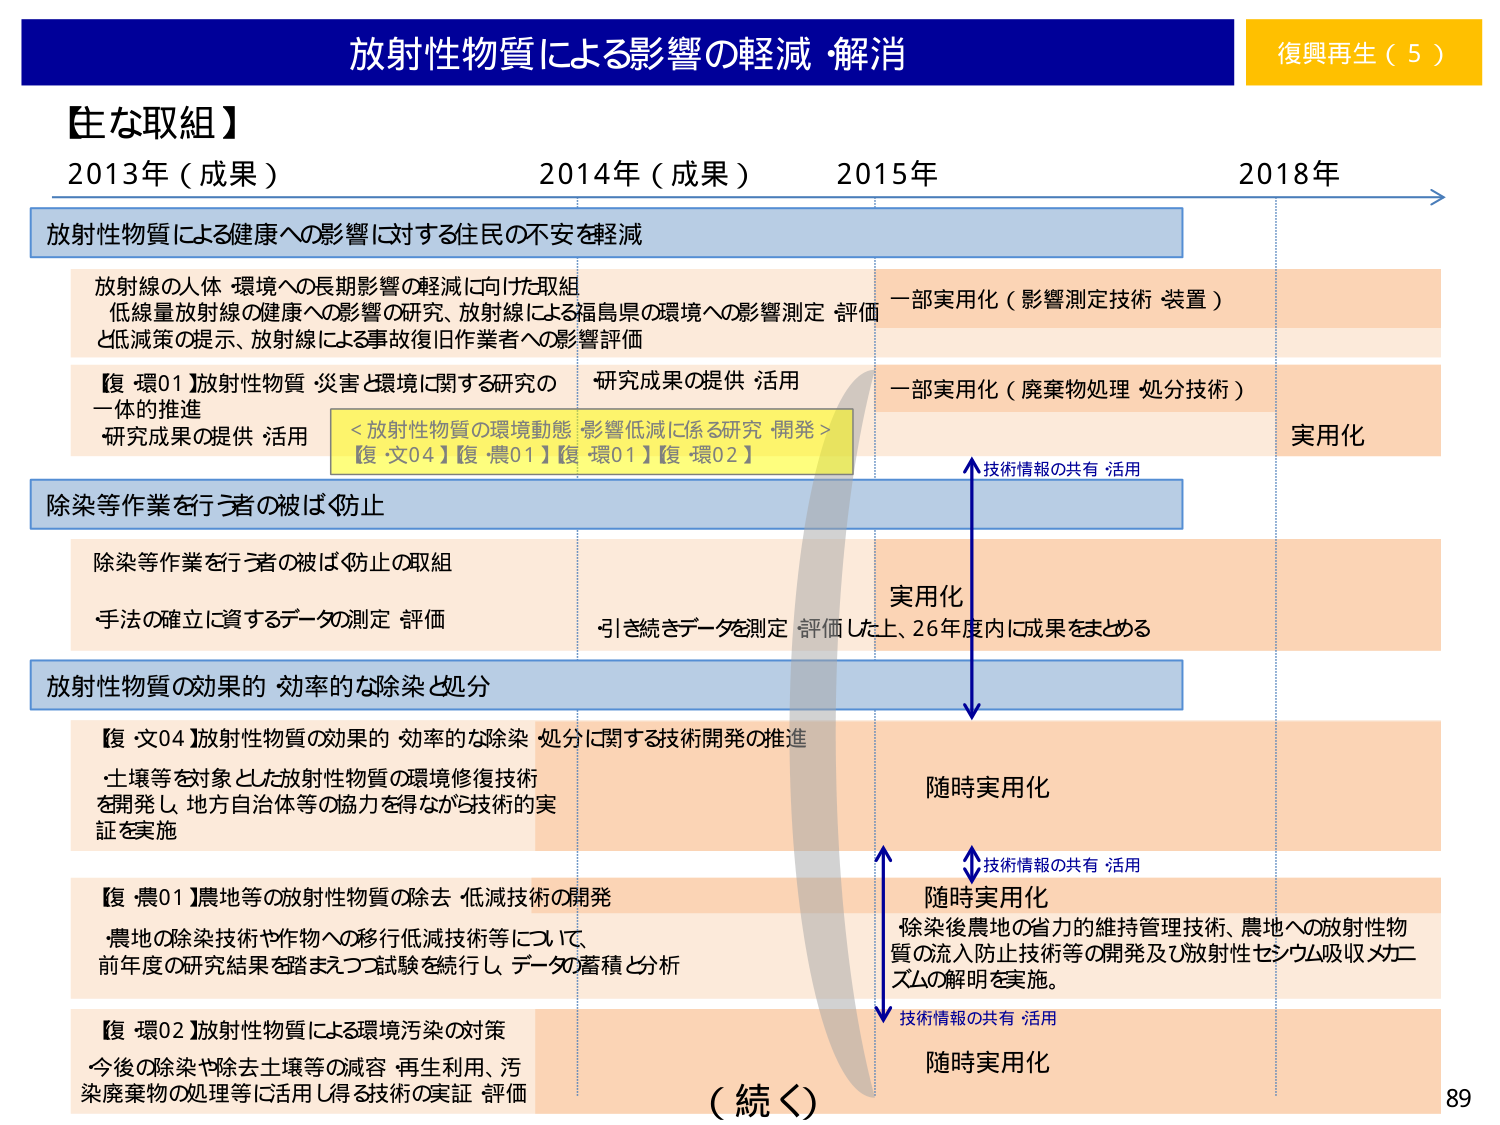
放射性物質による影響の軽減・解消
復興再生（5）

【主な取組】
2013年（成果）　2014年（成果）　2015年　2018年

放射性物質による健康への影響に対する住民の不安を軽減

放射線の人体・環境への長期影響の軽減に向けた取組
低線量放射線の健康への影響の研究、放射線による福島県の環境への影響測定・評価
と低減策の提示、放射線による事故復旧作業者への影響評価

一部実用化（影響測定技術・装置）

【復・環01】放射性物質・災害と環境に関する研究の
一体的推進
研究成果の提供・活用

研究成績の提供・活用
＜放射性物質の環境動態・影響低減に係る研究・開発＞
【復・文04】【復・農01】【復・環01】【復・環02】

一部実用化（廃棄物処理・処分技術）

実用化

除染等作業を行う者の被ばく防止

除染等作業を行う者の被ばく防止の取組
手法の確立に資するデータの測定・評価

引き続きデータを測定・評価した上、26年度内に成果をまとめる

実用化

放射性物質の効果的・効率的な除染と処分

【復・文04】放射性物質の効果的・効率的な除染・処分に関する技術開発の推進
・土壌等を対象とした放射性物質の環境修復技術
を開発し、地方自治体等の協力を得ながら技術の実
証を実施

随時実用化

【復・農01】農地等の放射性物質の除去・低減技術の開発
・農地の除染技術や作物への移行低減技術等について、
前年度の研究結果を踏まえつつ試験を続行し、データの蓄積と分析

随時実用化
除染後農地の省力的維持管理技術、農地への放射性物
質の流入防止技術等の開発及び放射性セシウム吸収メカニ
ズムの解明を実施。

【復・環02】放射性物質による環境汚染の対策
今後の除染や除去土壌等の減容・再生利用、汚
染廃棄物の処理等に活用し得る技術の実証・評価

随時実用化

（続く）

技術情報の共有・活用
技術情報の共有・活用
技術情報の共有・活用

89